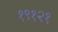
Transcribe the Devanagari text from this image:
१९१२१